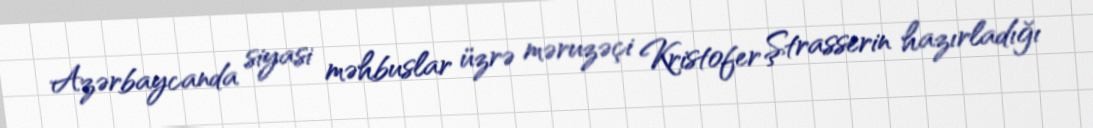
Azərbaycanda siyasi məhbuslar üzrə məruzəçi Kristofer Ştrasserin hazırladığı